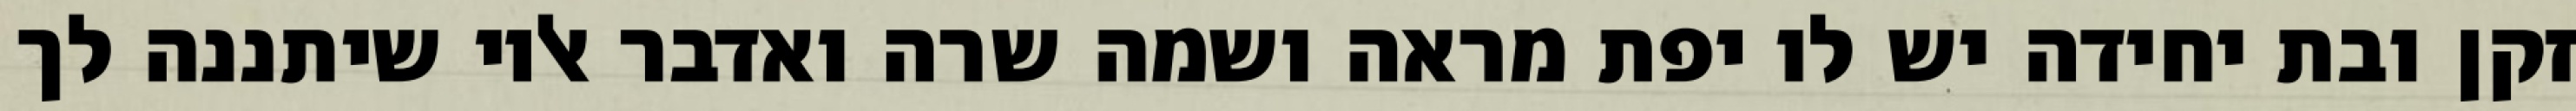
זקן ובת יחידה יש לו יפת מראה ושמה שרה ואדבר אליו שיתננה לך